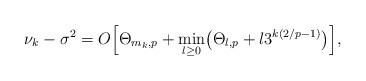
LaTeX: \begin{align*} \nu_k - \sigma^2 = O \Bigl[\Theta_{m_k, p}+ \min_{l \ge0} \bigl(\Theta_{l, p}+ l 3^{k (2/p-1)}\bigr) \Bigr],\end{align*}